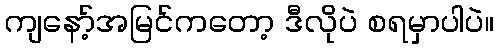
ကျနော့်အမြင်ကတော့ ဒီလိုပဲ စရမှာပါပဲ။